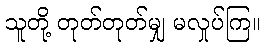
သူတို့ တုတ်တုတ်မျှ မလှုပ်ကြ။